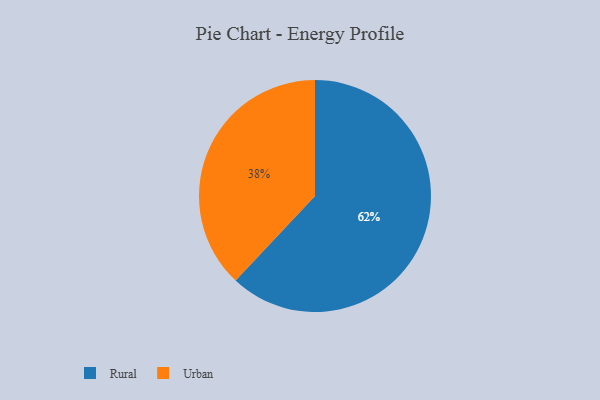
{"axis": {"x": "Category", "y": "Percentage"}, "legend": ["Rural", "Urban"], "data": [{"x": "Rural", "y": 62, "type": "Rural"}, {"x": "Urban", "y": 38, "type": "Urban"}]}